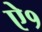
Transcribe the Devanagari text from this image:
ऐ१